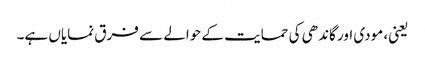
یعنی، مودی اور گاندھی کی حمایت کے حوالے سے فرق نمایاں ہے۔